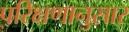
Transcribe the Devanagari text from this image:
परिक्षणानुसार